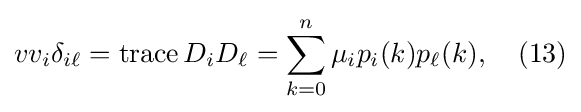
vv_{i}\delta _{i\ell }=\operatorname {trace} D_{i}D_{\ell }=\sum _{k=0}^{n}\mu _{i}p_{i}(k)p_{\ell }(k),\quad (13)